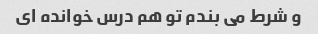
و شرط می بندم تو هم درس خوانده ای